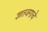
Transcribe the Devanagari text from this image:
ज्ञातजगाचे